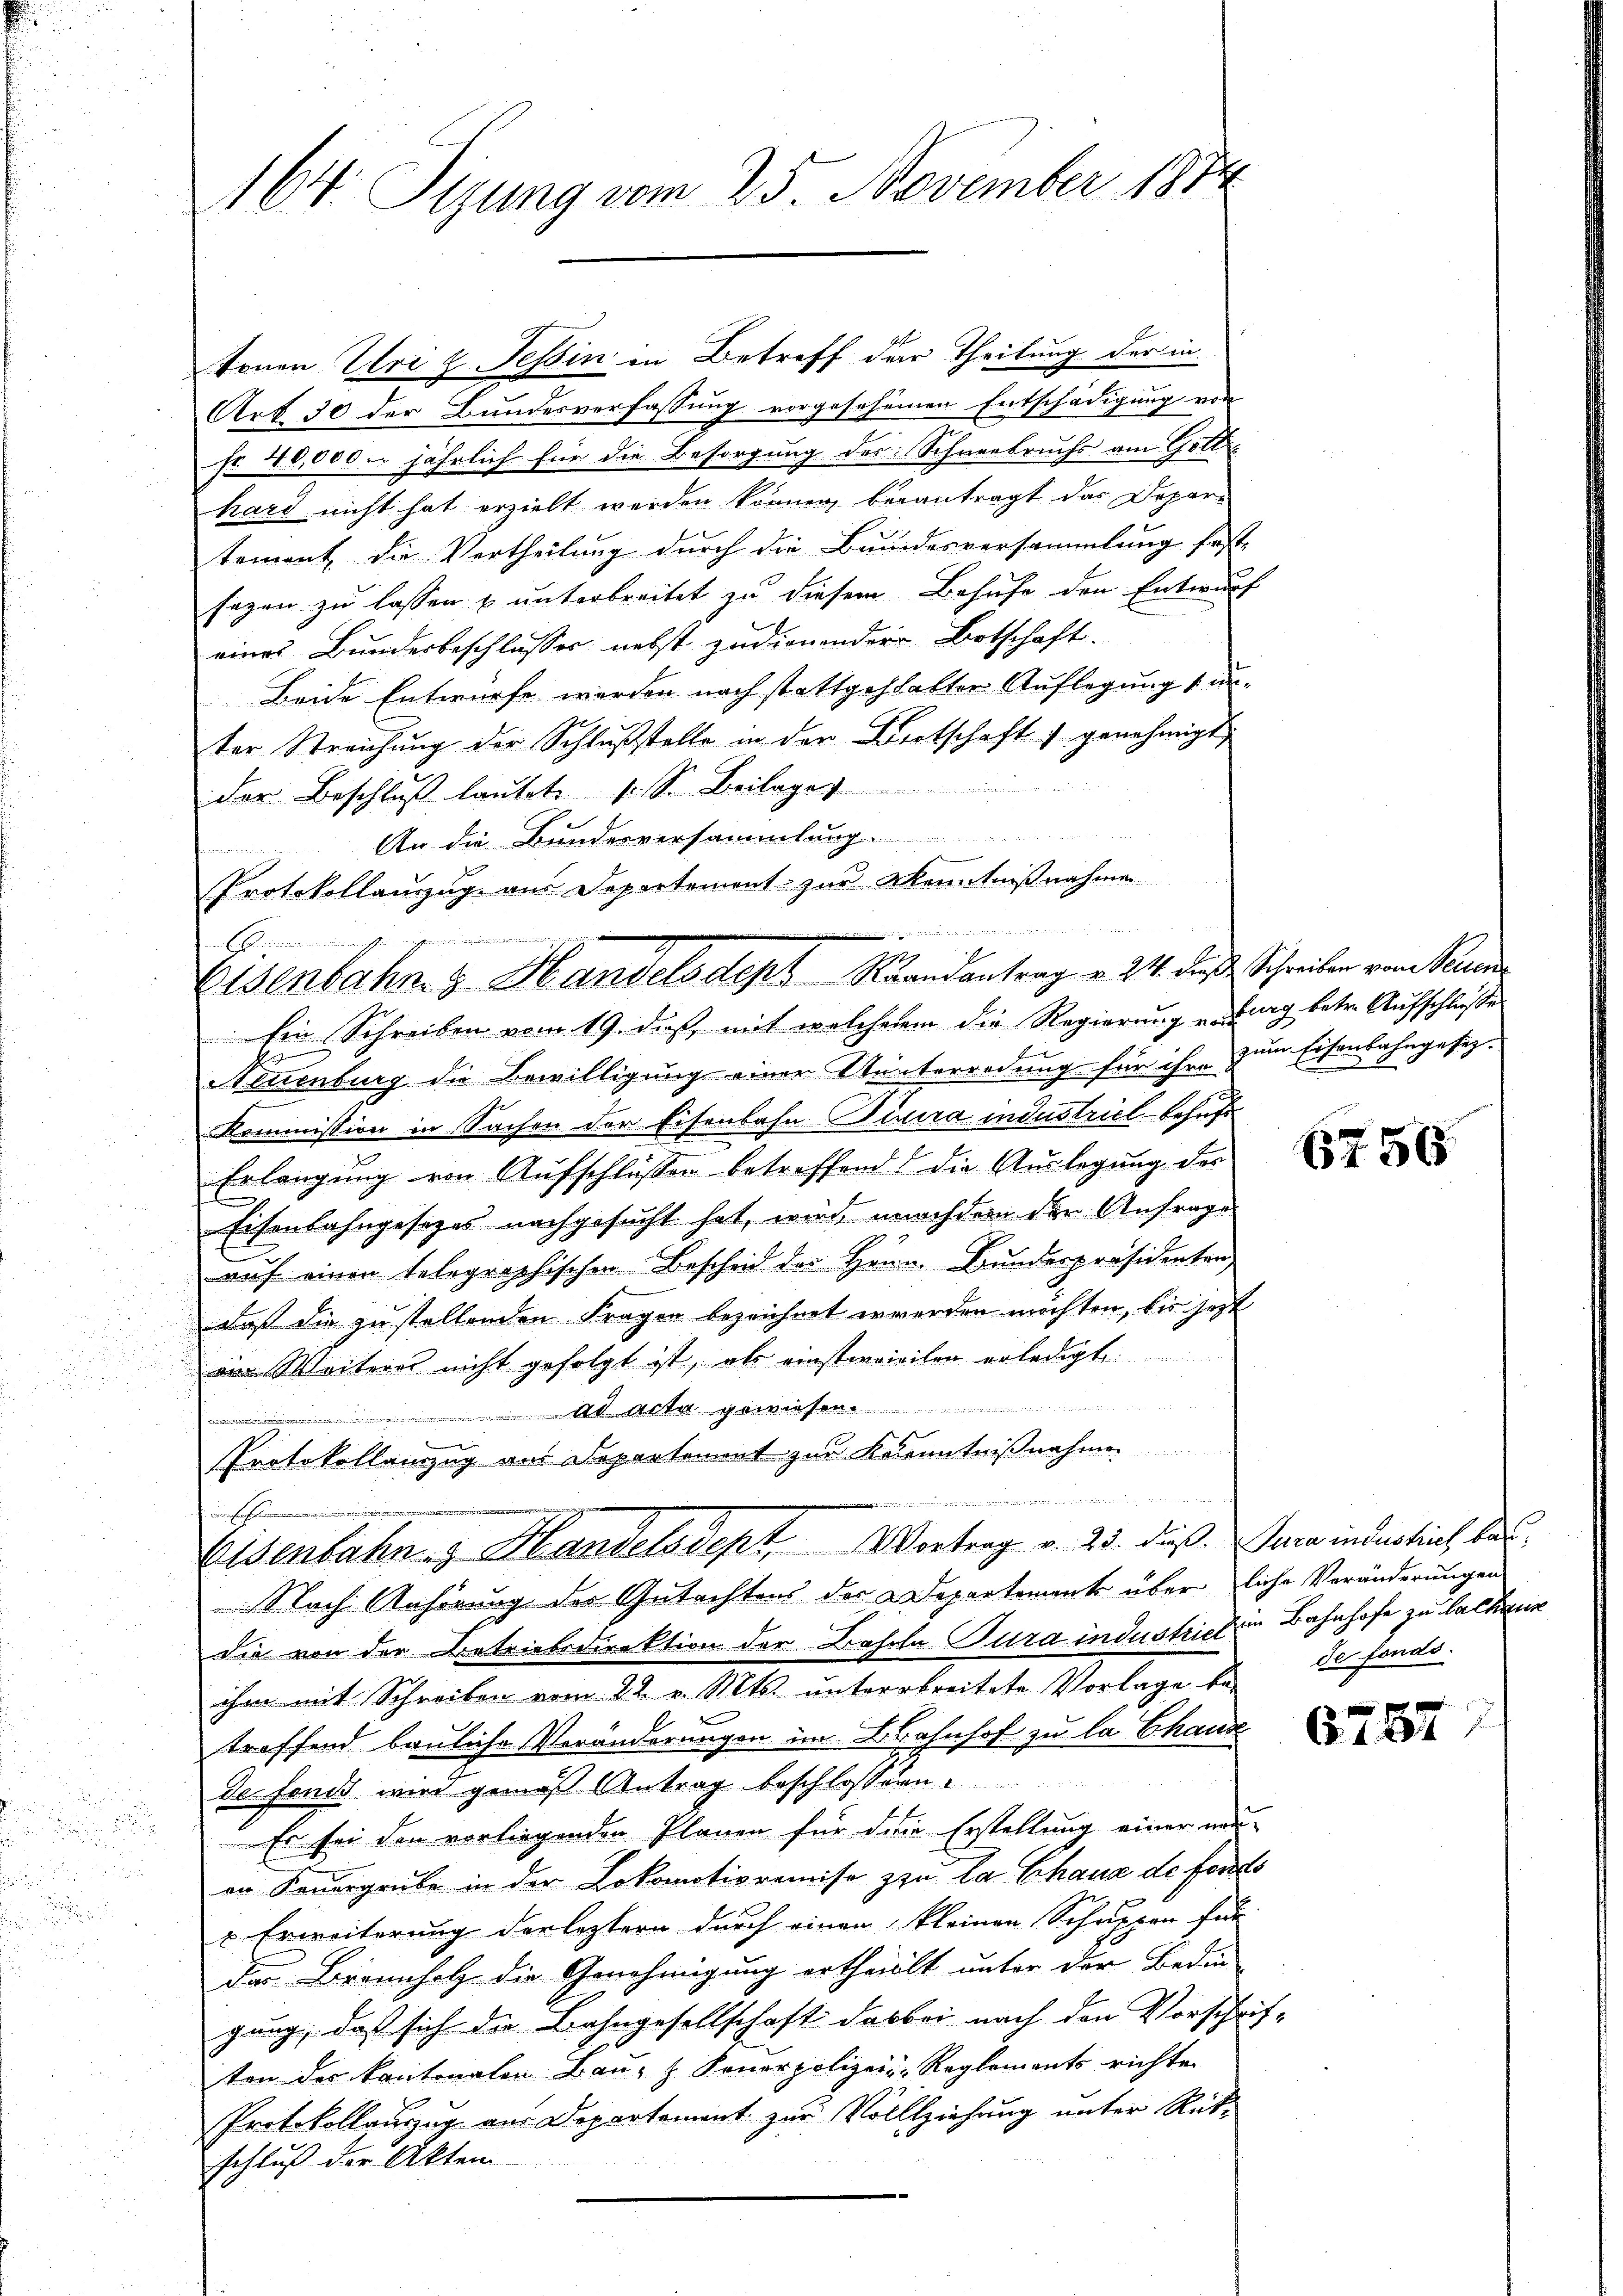
164. Sizung vom 25. November 1874

tonen Uri z Tessin in Betreff der Theilung der in
Art 30 der Bundesverfassung vorgesehenen Entschädigung von
Fr. 40,000. jährlich für die Besorgung des Schneebruchs am Gott
hard nicht hat erzielt werden können, beantragt das Depar-
tement die Vertheilung durch die Bundesversammlung fest-
sagen zu lassen u unterbreitet zu diesem Behufe den Entwurf
eines Bunderbeschlusses nebst zudienender Botschaft.
Beide Entwurfe werden nach stattgehalter Auflegung sin
ter Streichung der Schlußstelle in der Bertschaft genehmigt,
der Beschluß lautet, s. S. Beilage
An die Bundesversammlung
Protokollauszug aus Departement zur Kenntnißnahme
i
E
Ein Schreiben vom 19. dieß, mit welchem die Regierung u. Burg betr. Aufschlusse
Neuenburg die Bewilligung einer Unterredung für ihre zum Eisenbahngesez¬
Kommission in Sachen der Eisenbahn-Pisera industriel behufs
Erlangung von Aufschlüssen betreffend die Auslegung des
Eisenbahngesezes nachgesucht hat, wird, nachdem der Anfrage
auf einen telegraphischen Bescheid der Herrn Bundespräsidenten
daß die zu stellenden Fragen bezeichnet werden möchten, bis jetzt
ein Weiteres nicht gefolgt ist, als einstervieilen erledigt
 ad Acten gewiesen..............................
inigenen un
Protokollanzug aus Departement zur Kenntnißnahmen
e arbeitet werden
.
Eisenbahn- & Handelsdept. Vortrag v. 23. dieß Sara industrich bei
Nach Anhörung des Gutachtens der Departement überliche Veränderungen
die von der Betriebsdirektion der Basche Tura industricten Bahnhofe zu lacherig
ihm mit Schreiben vom 22. v. Mts. unterstreitete Vorlage be-
treffend bauliche Veränderungen im Bahnhof zu la Chand
de fend wird gemäß Antrag beschlossen.
Es sei den vorliegenden Plänen für die Erstellung einer neu-
en Feuergrube in der Lokomotioremise zu la Chaus de fordes
 Erweiterung der leztern durch einen kleinen Schuppen für
des Brennholz die Genehmigung ertheilt unter der Bedin-
gung, daß sich die Bahngesellschaft das bei nach den Vorschrif-
ten der kantonalen Bau- & Feuerpolizei-Reglements richte
Protokollauszug aus Departement zur Vollziehung unter Rütschluß der Akten

Eisenbahn. v. Handels dept. Randantrag v. 21. daß Schreiben vom Peten

65756

de fonds.